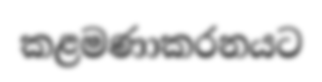
කළමණාකරනයට